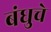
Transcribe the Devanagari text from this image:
बंधुचे